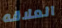
العلاقه